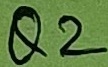
Text: Q2